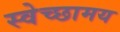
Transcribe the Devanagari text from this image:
स्वेच्छामय